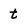
Character: t